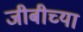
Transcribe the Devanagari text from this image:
जीबीच्या